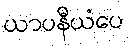
ယာပနီယံပေ